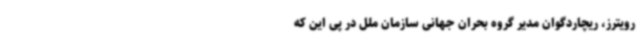
رویترز، ریچاردگوان مدیر گروه بحران جهانی سازمان ملل در پی این که